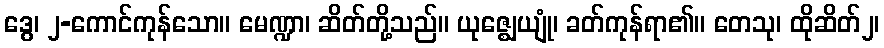
ဒွေ၊ ၂-ကောင်ကုန်သော။ မေဏ္ဍာ၊ ဆိတ်တို့သည်။ ယုဇ္ဈေယျုံ၊ ခတ်ကုန်ရာ၏။ တေသု၊ ထိုဆိတ်၂၊